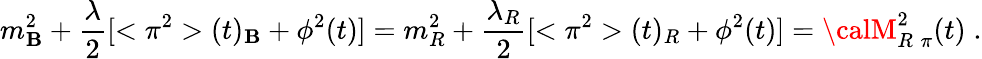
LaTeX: m_{\mathbf{B}}^{2}+\frac{{\lambda}}{{2}}[<\pi^{2}>(t)_{\mathbf{B}}+\phi^{2}(t)]=m_{R}^{2}+\frac{{\lambda_{R}}}{{2}}[<\pi^{2}>(t)_{R}+\phi^{2}(t)]={\calM}_{R\; \pi}^{2}(t)\; .